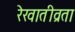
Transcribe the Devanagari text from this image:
रेखातीव्रता